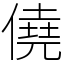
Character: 僥